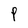
Character: P